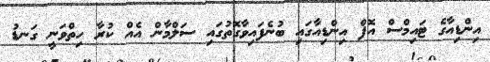
އިންޑިއާގެ ޓައިމްސް އޮފް އިންޑިއާގައި ބުނެފައިވާގޮތުގައި ސަލްމާން އެއް ކުރާ ހިތްވަނީ ގަނޑު